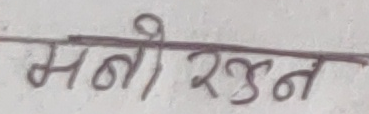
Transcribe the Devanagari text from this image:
मनी रत्न